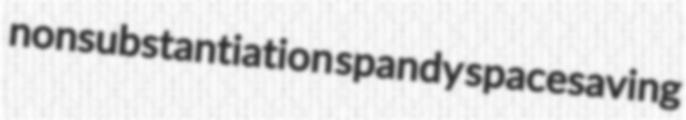
nonsubstantiation spandy spacesaving